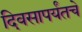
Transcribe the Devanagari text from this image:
दिवसापर्यंतचे